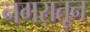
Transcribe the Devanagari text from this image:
नगरातून